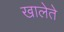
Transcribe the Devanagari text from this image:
खालेते